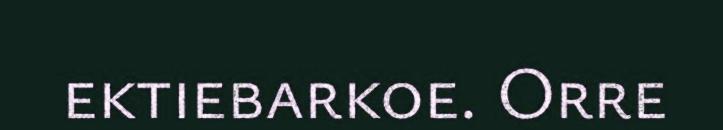
ektiebarkoe. Orre